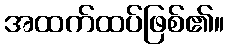
အထက်ထပ်ဖြစ်၏။